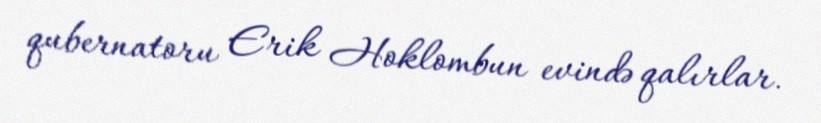
qubernatoru Erik Hoklombun evində qalırlar.